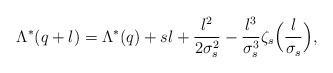
LaTeX: \begin{align*} \Lambda^*(q+l) = \Lambda^{*}(q) + sl + \frac{l^2}{2 \sigma_s^2} - \frac{l^3}{\sigma_s^3} \zeta_s\Big(\frac{l}{\sigma_s}\Big), \end{align*}